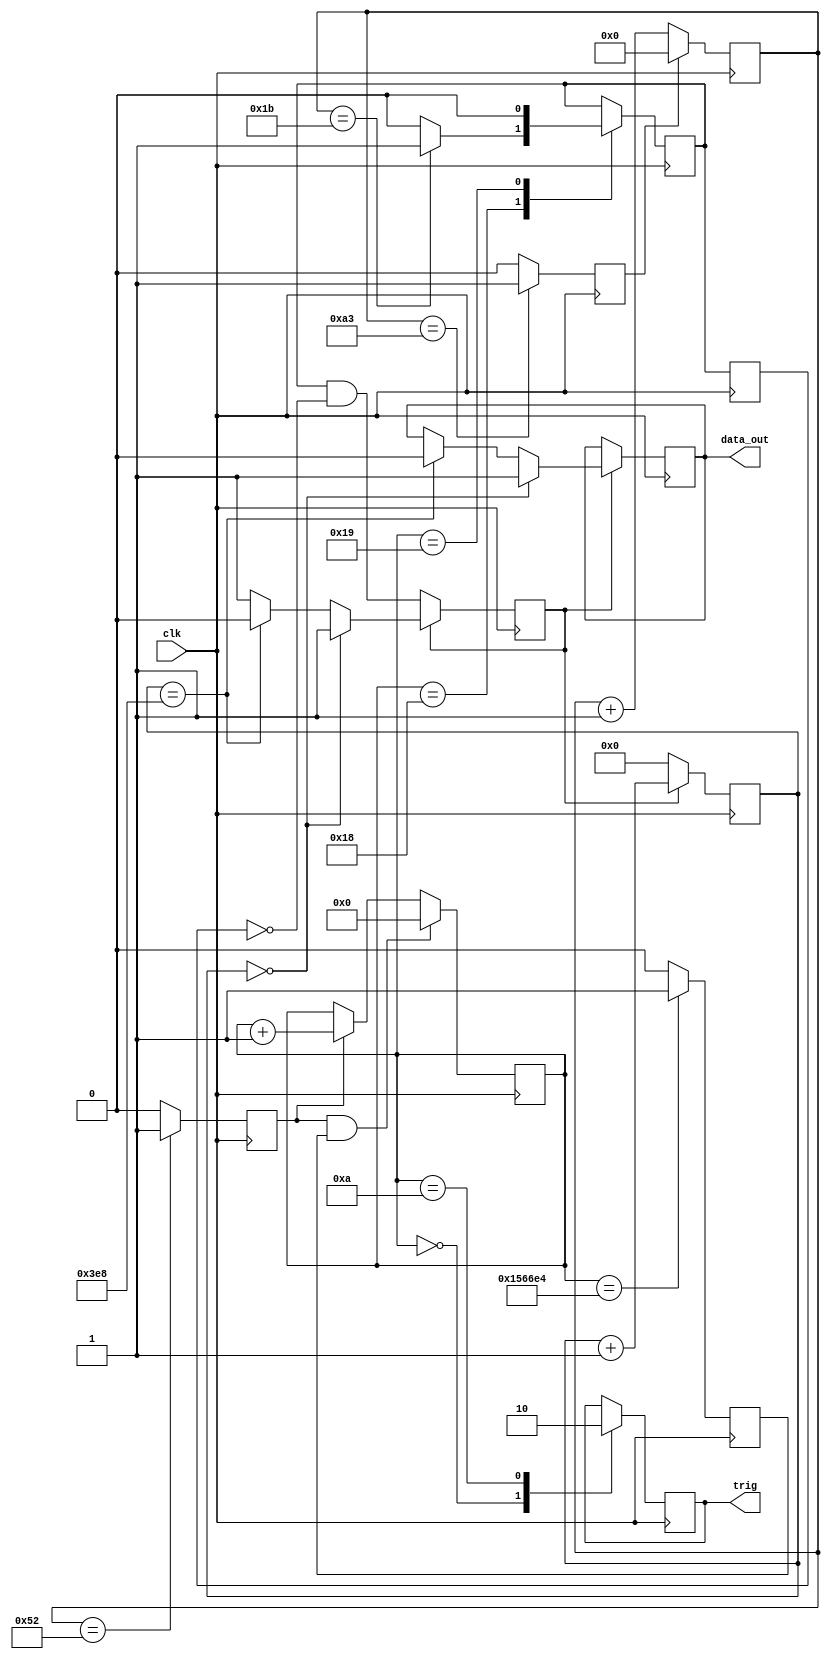
module bench(
    input clk,
    output reg trig = 0,
    output reg data_out = 0
    );


//***************************** TEST BENCH **************************************
	
parameter MAX_CNT = 21'd1402596; // 1.56 Hz rep rate
//parameter max_cnt = 18'd216450; //10 Hz rep rate, 144300 = 15 Hz (max!)
parameter RING_CLK_HOLDOFF = 8'd82;
parameter DOUT_OFFSET = 8'd27;
parameter OPWIDTH = 10'd1000;

reg [20:0] mstr_ctr =21'd0;
reg [9:0] opctr = 10'd0;
reg [7:0] main_ctr = 8'd0;
reg mstr_ctr_tc = 0, main_ctr_tc = 0, ring_clk_edge = 0, dout_en_a = 0, dout_en_b = 0, opctr_counting = 0;
wire dout_en;
	
always @(posedge clk) begin
	dout_en_b <= dout_en_a;
	ring_clk_edge <= (main_ctr==RING_CLK_HOLDOFF) ? 1'b1 : 1'b0;
	mstr_ctr_tc <= (mstr_ctr==MAX_CNT) ? 1'b1 : 1'b0;
	main_ctr_tc <= (main_ctr==8'd163) ? 1'b1 : 1'b0;

	if (ring_clk_edge && mstr_ctr_tc) mstr_ctr <= 21'd0;
	else if (ring_clk_edge) mstr_ctr <= mstr_ctr + 1;
	else mstr_ctr <= mstr_ctr;

	if (main_ctr_tc) main_ctr <= 8'd0;
	else main_ctr <= main_ctr + 8'd1;
	
	case (mstr_ctr)
		21'd0: begin
			trig <= 1'b1;
			dout_en_a <= dout_en_a;
			end
		21'd10: begin
			trig <= 1'b0;
			dout_en_a <= dout_en_a;
			end
		21'd24: begin
			trig <= trig;
			dout_en_a <= (main_ctr==DOUT_OFFSET) ? 1'b1 : 1'b0;
			end
		21'd25: begin
			trig <= trig;
			dout_en_a <= 1'b0;
		end
		default: begin
			trig <= trig;
			dout_en_a <= dout_en_a;
			end
	endcase
			
	if (~opctr_counting) begin
		opctr_counting <= dout_en;
		opctr <= 10'd0;
		data_out <= data_out;
		end
	else if (opctr == 10'd0) begin
		opctr_counting <= opctr_counting;
		opctr <= opctr + 10'd1;
		data_out <= 1'b1;
		end
	else if (opctr == OPWIDTH) begin
		opctr_counting <= 1'b0;
		opctr <= opctr + 10'd1;
		data_out <= 1'b0;
		end
	else begin
		opctr_counting <= opctr_counting;
		opctr <= opctr + 10'd1;
		data_out <= data_out;
		end
		
end

assign dout_en = dout_en_a & ~dout_en_b;

endmodule